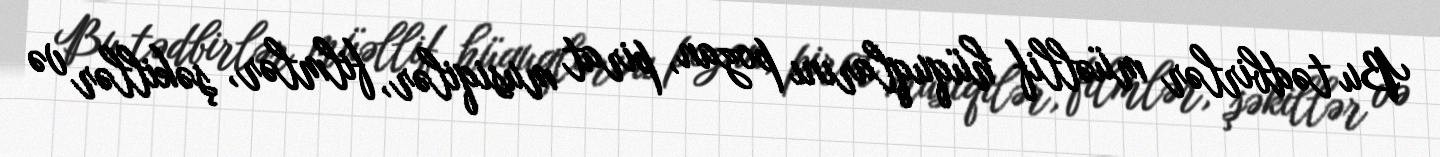
Bu tədbirlər müəllif hüquqlarını pozan, pirat musiqilər, filmlər, şəkillər və